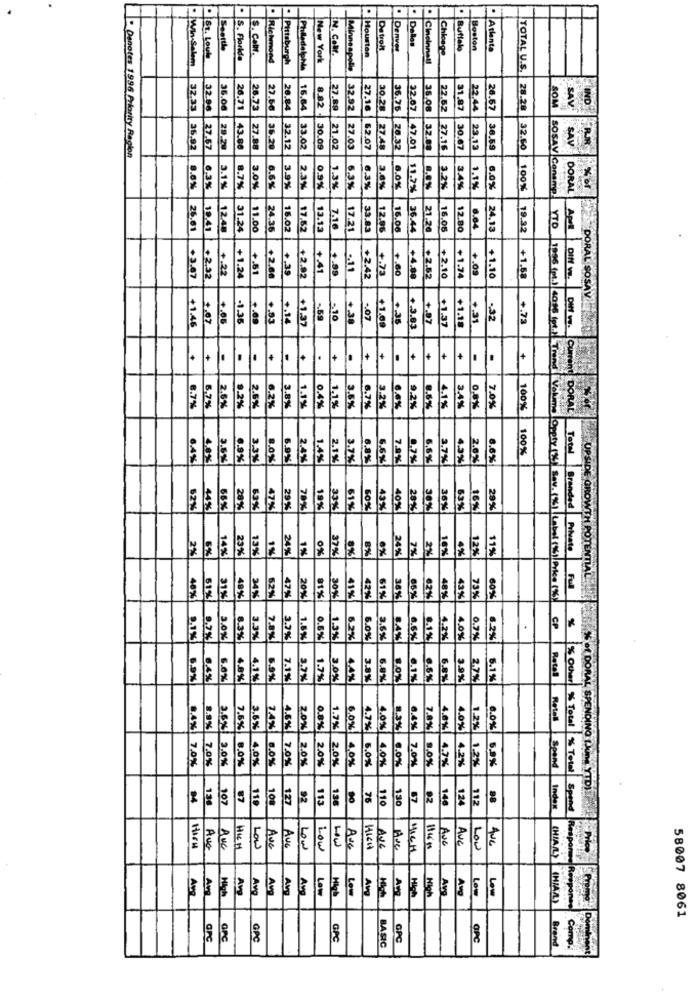
1.
.
.
Dallas
St. Louis
S. Colle
n. Colli.
. Houston
Detroit
Denver
Chicage
Buffalo
Boston
Atlanta
. Win-Salem
S. Florida
Richmond
Pittsburgh
New York
Cincinnati
Philadelphia
Minneapolis
TOTAL U.S.
IND
32.33
32.88
36.00
26.71
26.73
27.56
26.84
8.82
27.89
32.92
27.16
30.28
36.75
22.07
36.08
22.52
22.44
26.67
28.28
SOM
SAV
D
B&'LL
SAV
35.92
27.67
29.78
43.88
36.20
32.12
30.09
21.02
27.00
$2.07
27.48
47.01
32.88
27.16
23.13
32.60
RR
- Denotes 1996 Priority Region
0.9%
8.6%
6,3%
3.1%
8.7%
3.0%
6.6%
2.3%
1,3%
6.3%
6.3%
3.6%
6,0%
11.7%
8.8%
3.2%
3.4%
1.1%
6.0%
100%
SOSAV Conamp
DORAL
7.10
26.61
19.41
12.48
31.24
11.00
24.36
16.02
17.62
13.12
17.21
33.83
12.96
16.00
36.44
21.20
16.05
12.80
6.64
24.13
19.32
YTO
Apel
+3.67
+2.32
+.22
+51
+2.60
+.39
+2.92
+ 41
+.99
.- 11
+2.42
+.73
+.60
+4.80
+2,52
+1.74
+1.24
+2.10
+1.10
+1.58
DIff w.
DORAL SOSAV
+1.46
+.00
-1.38
.. 00
+.14
+1.37
-. 59
-. 10
-07
+1.00
+.3.8.
+.97
+1.32
+1.18
-31
-32
+.73
IS
1996 (pt.) 4096 fot.
-
10
1+
+
+
Current
2.6%
9.2%
1.1%
0.4%
1.1%
3.2%
9.2%
4.1%
8.7%
6,7%
2.5%
6.2%
3.8%
3.5%
5,7%
.0%
8.6%
3.4%
0,8%
7.0%
100%
DORAL
100%
Total
6.4%
4,8%
3.5%
6.9%
3.3%
8.0%
6.9%
2.4%
1.4%
2.1%
3.7%
6,8%
6,6%
7,9%
0.7%
6.6%
2.7%
4.3%
2.0%
8.6%
61
402
282
69%
62%
44%
66%
28%
47%
29%
70%
19%
33%
43%
30%
36%
16%
29%
Branded
2%
149
23%
13%
24%
1%
0%
37%
8%
8%
ex
24%
7%
10%
4%
12%
11%
Private
40%
61%
47%
30%
41%
42%
61%
43%
60%
Full
49%
24%
62%
20%
73%
Volume Oppty (8) Sev. 1931 Label 186)/Price 193)
.
CP
9.1%
0,7%
3.0%
8.3%
3.3%
7.8%
3.7%
1.8%
0.5%
1.3%
6.2%
5.0%
2.6%
6.6%
0,1%
4.2%
4.0%
0.7%
6.2%
Retal
6.9%
5.0%
4.1%
6.9%
7.1%
3.7%
1.7%
3.0%
4,4%
3.8%
6.9%
50%
0.1%
0.6%
6.8%
3.9%
2.7%
5.1%
Retall
Other % Total
8,4%
3.5%
7.5%
3.6%
7.4%
4.5%
2.0%
0.8%
1.7%
6.0%
4.7%
4.0%
1.3%
6.4%
7.8%
4.6%
4.0%
1.2%
6.0%
7,0%
7,0%
2.0%
8.0%
4.0%
7.0%
2.0%
2.0%
2.0%
1,0%
5.05
4.09
7.99
1.0%
4.7%
1.2%
1.2%
5,9%
Spend
% Total
% of DORAL SPENDING LAUns YTD)
130
107
87
119
10
127
92
136
76
110
130
67
140
124
112
Spand
Aug
Avg
Avc
Ave
ANC
Low
AVG
Hora
Low
Ave
MICH
CHIA/L)
Av.
Ave
Av
AM
AV
Av
Low
Avg
Av
Hich
High
Av
Avg
(HIAA)
Response
58007 8061
arc
GPC
GPC
BASIC
GP
OPC
Comp.
Brand